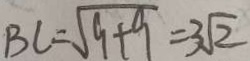
B C = \sqrt { 9 + 9 } = 3 \sqrt { 2 }